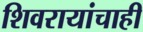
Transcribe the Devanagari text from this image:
शिवरायांचाही